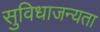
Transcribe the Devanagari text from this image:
सुविधाजन्यता